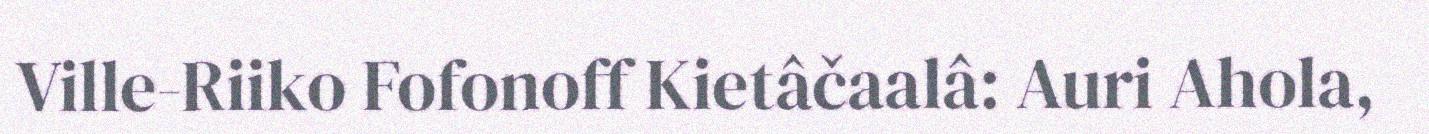
Ville-Riiko Fofonoff Kietâčaalâ: Auri Ahola,